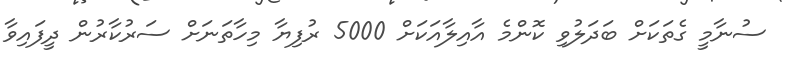
ސުނާމީ ގެތަކަށް ބަދަލުވި ކޮންމެ އާއިލާއަކަށް 5000 ރުފިޔާ މިހާތަނަށް ސަރުކާރުން ދީފައިވާ